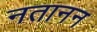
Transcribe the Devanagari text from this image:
नतानन